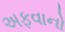
અફવાનો